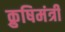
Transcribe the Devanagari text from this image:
क्रुषिमंत्री